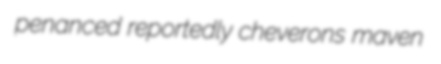
penanced reportedly cheverons maven